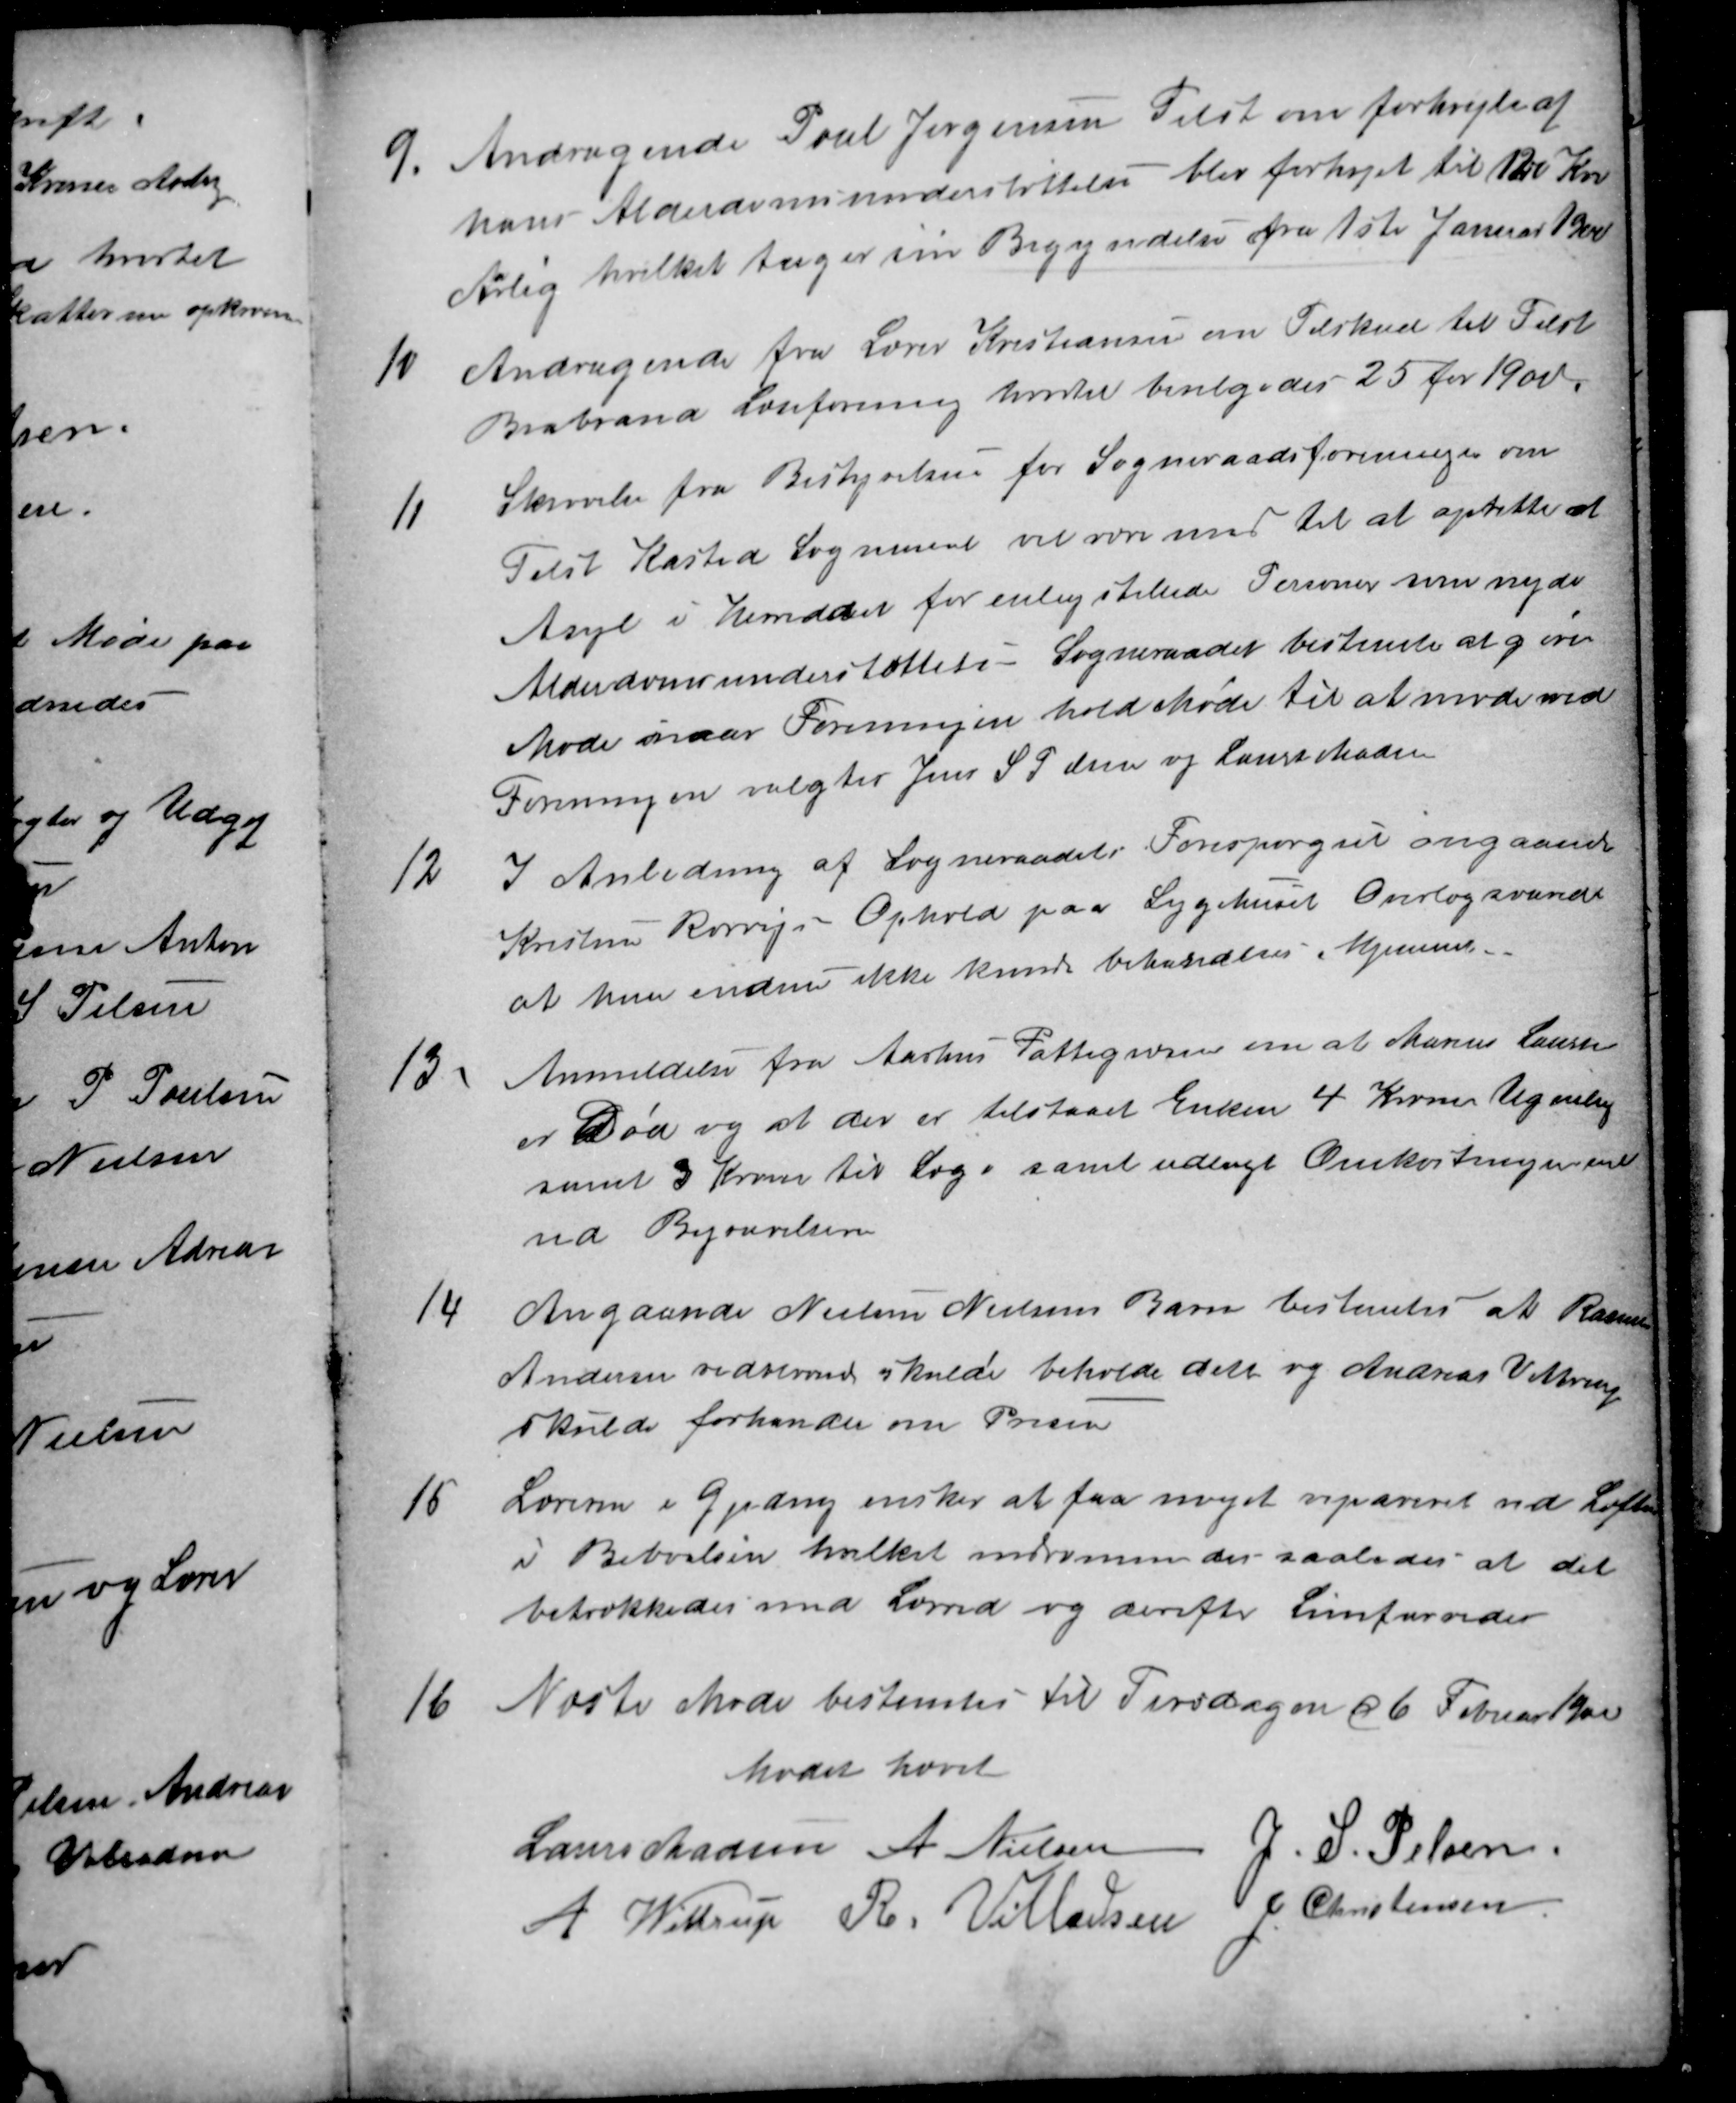
Transskription:
9.
Andragende Poul Jørgensen Tilst om forhøjelse af
hans Alderdomsunderstøttelse - blev forhøjet til 120 Kr.
10Aarlig hvilket tager sin Begyndelse fra 1ste Januar 1900

Andragende fra Lærer Kristiansen om Tilskud til Tilst
Brabrand Læseforening hvortil bevilgedes 25 for 1900.
11
Skrivelse fra Bestyrelsen for Sogneraadsforeningen om
Tilst Kasted Sogneraad vil være med til at oprette et
Asyl i Herreddet for enligstillede Personer som nyder
Alderdomsunderstøttelse - Sogneraadet bestemte at give
Møde naar Foreningen hold Møde til at møde ved
Foreningen valgtes Jens S Pelsen og Laurs Madsen
12
I Anledning af Sogneraadets Forespørgsel angaaende
Kristine Rørvigs Ophold paa Sygehuset Overlæg svarede
at hun endnu ikke kunde behandles i Hjemmet.
13
Anmeldelse fra Aarhus Fattigvæsen om at Marius Laursen
er Død og at der er tilstaaet Enken 4 Kroner Ugenlig
samt 3 Kroner til Logi samt udlagt Omkostningerne
ved Begravelsen
14
Angaaende Nielsine Nielsens Barn bestemtes at Rasmus
Andersen vedvarende skulde beholde dette og Andreas Vittrup
skulde forhandle om Prisen
15
Læreren i Gjeding ønsker at faa noget repareret ved Loftet
i Beboelsen hvilket indrømmedes  saaledes at det
betrækkedes med Lærred og derefter Limfarvedes
16
Næste Møde bestemtes til Tirsdagen d 6 Februar 1900
Mødet hævet
Laurs Madsen
A. Nielsen
J. S. Pelsen
A Wittrup
R. Villadsen
J Christensen